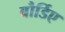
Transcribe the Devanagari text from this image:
बौर्डिए